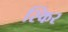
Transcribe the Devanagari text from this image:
स्किर